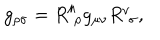
LaTeX: g _ { \rho \sigma } = R _ { \, \, \rho } ^ { \mu } g _ { \mu \nu } R _ { \, \, \sigma } ^ { \nu } ,